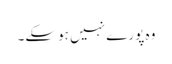
وہ پورے نہیں ہوسکے۔